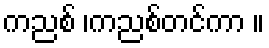
ကညစ် ၊ကညစ်တင်ကာ ။